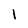
Character: l